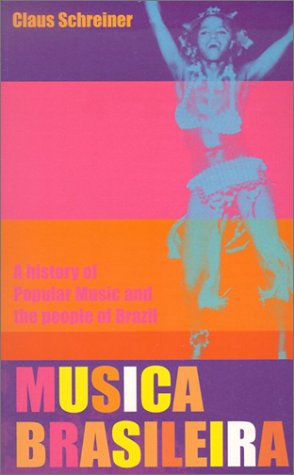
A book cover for Musica Brasileira: A History of Popular Music and the People of Brazil; Claus Schreiner; History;